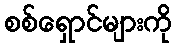
စစ်ရှောင်များကို